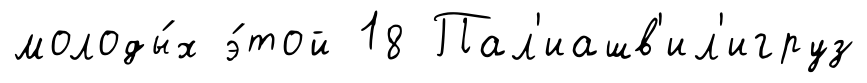
молоды́х э́той 18 Пал'иашв'ил'игруз